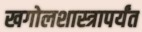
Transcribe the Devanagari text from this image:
खगोलशास्त्रापर्यंत